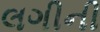
લગીની